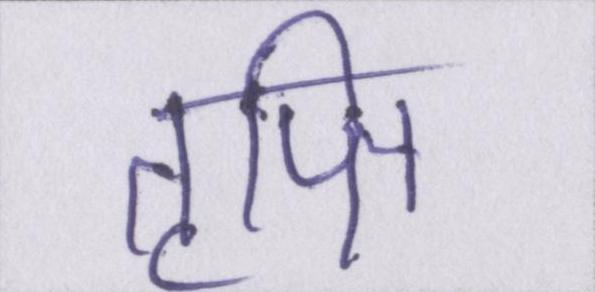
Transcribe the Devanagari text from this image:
तृप्ति